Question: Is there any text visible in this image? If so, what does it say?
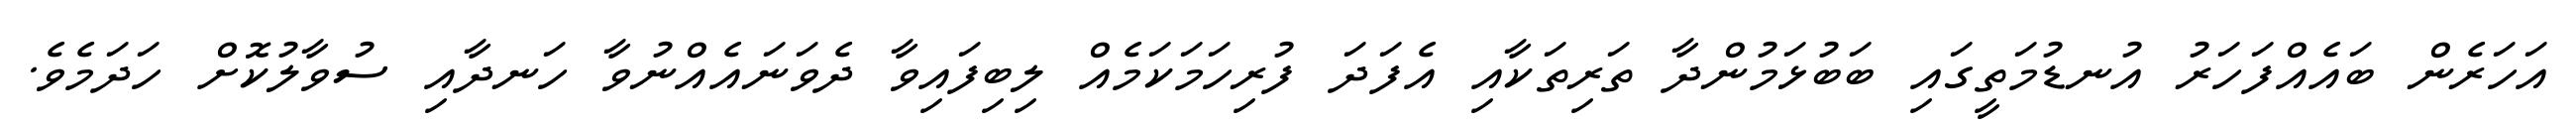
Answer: އަހަރެން ބައެއްފަހަރު އުނޑުމަތީގައި ބަބުޅަމުންދާ ތަރިތަކާއި އެފަދަ ފުރިހަމަކަމެއް ލިބިފައިވާ ދެވަނައެއްނުވާ ހަނދާއި ސުވާލުކޮށް ހަދަމެވެ.